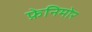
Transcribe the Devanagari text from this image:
फ़ेनिमोर